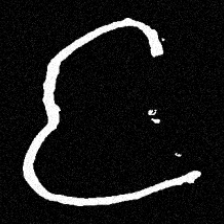
Pyu character \u2014 Myanmar letter: င (romanized: nga)